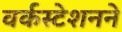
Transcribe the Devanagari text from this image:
वर्कस्टेशनने